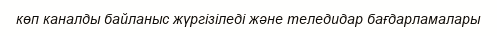
көп каналды байланыс жүргізіледі және теледидар бағдарламалары